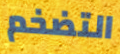
التضخم